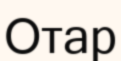
Отар